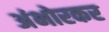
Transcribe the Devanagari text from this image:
अंभोरकर